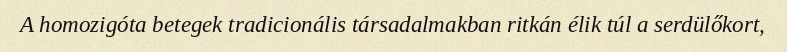
A homozigóta betegek tradicionális társadalmakban ritkán élik túl a serdülőkort,